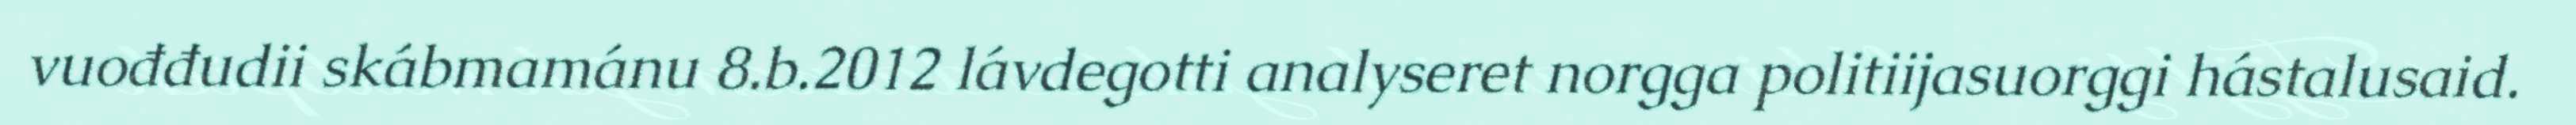
vuođđudii skábmamánu 8.b.2012 lávdegotti analyseret norgga politiijasuorggi hástalusaid.